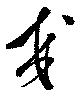
交